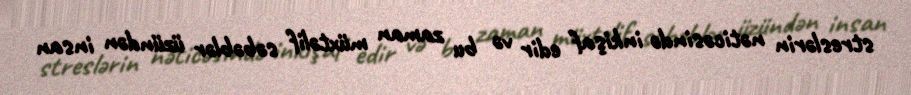
streslərin nəticəsində inkişaf edir və bu zaman müxtəlif səbəblər üzündən insan